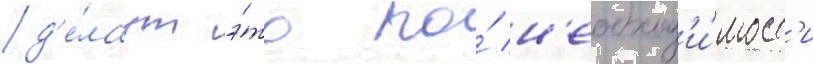
д'е́лаут э́то по́ н'еобход'и́мост'и